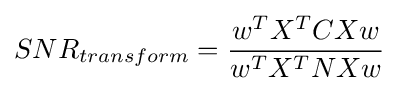
SNR_{transform}={\frac {w^{T}X^{T}CXw}{w^{T}X^{T}NXw}}